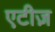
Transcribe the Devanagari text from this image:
एटीज़